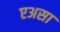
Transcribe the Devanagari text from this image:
एअसा